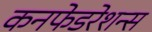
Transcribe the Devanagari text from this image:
कनफेडरेशन्स